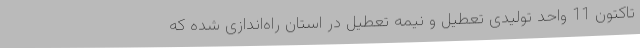
تاکتون 11 واحد تولیدی تعطیل و نیمه تعطیل در استان راه‌اندازی شده که